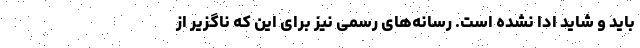
باید و شاید ادا نشده است. رسانه‌های رسمی نیز برای این که ناگزیر از